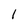
Character: 1